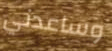
وساعدني